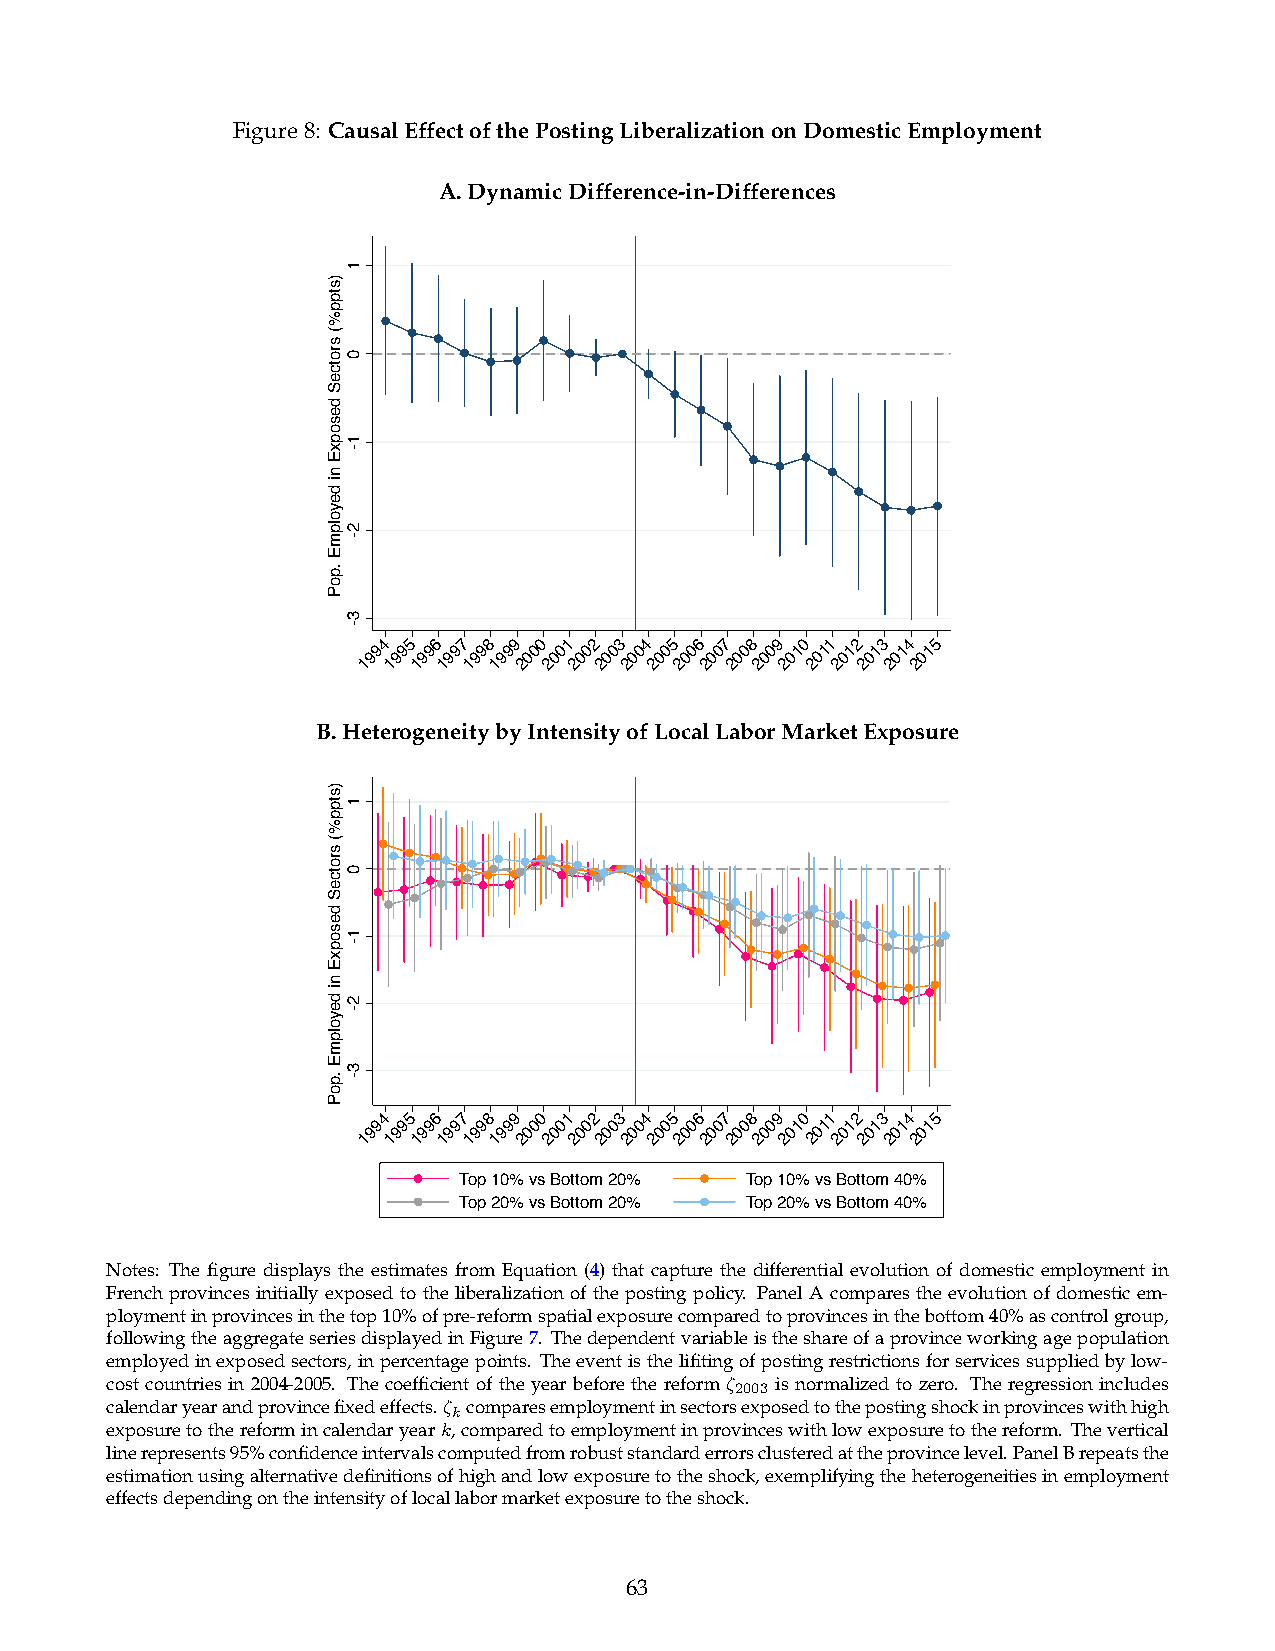
Figure8: CausalEffectofthePostingLiberalizationonDomesticEmployment
 A.DynamicDifference-in-Differences
 1994 1995 1996 1997 1998 1999 2000 2001 2002 2003 2004 2005 2006 2007 2008 2009 2010 2011 2012 2013 2014 2015
 B.HeterogeneitybyIntensityofLocalLaborMarketExposure
 1994 1995 1996 1997 1998 1999 2000 2001 2002 2003 2004 2005 2006 2007 2008 2009 2010 2011 2012 2013 2014 2015
 Top 10% vs Bottom 20% Top 10% vs Bottom 40%
 Top 20% vs Bottom 20% Top 20% vs Bottom 40%
 Notes: The figure displays the estimates from Equation (4) that capture the differential evolution of domestic employment in
 Frenchprovincesinitiallyexposedtotheliberalizationofthepostingpolicy. PanelAcomparestheevolutionofdomesticem-
 ploymentinprovincesinthetop10%ofpre-reformspatialexposurecomparedtoprovincesinthebottom40%ascontrolgroup,
 followingtheaggregateseriesdisplayedinFigure7. Thedependentvariableistheshareofaprovinceworkingagepopulation
 employedinexposedsectors,inpercentagepoints. Theeventisthelifitingofpostingrestrictionsforservicessuppliedbylow-
 cost countries in 2004-2005. The coefficient of the year before the reform ⇣ 2003 is normalized to zero. The regression includes
 calendaryearandprovincefixedeffects.⇣ kcomparesemploymentinsectorsexposedtothepostingshockinprovinceswithhigh
 exposuretothereformincalendaryeark,comparedtoemploymentinprovinceswithlowexposuretothereform. Thevertical
 linerepresents95%confidenceintervalscomputedfromrobuststandarderrorsclusteredattheprovincelevel.PanelBrepeatsthe
 estimationusingalternativedefinitionsofhighandlowexposuretotheshock,exemplifyingtheheterogeneitiesinemployment
 effectsdependingontheintensityoflocallabormarketexposuretotheshock.
 63
 )stpp%(
 srotceS
 desopxE
 ni
 deyolpmE
 .poP
 )stpp%(
 srotceS
 desopxE
 ni
 deyolpmE
 .poP
 1
 0
 1-
 2-
 3-
 1
 0
 1-
 2-
 3-